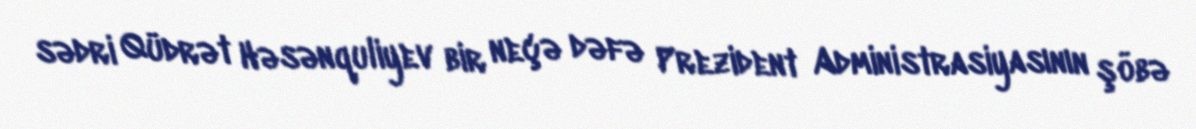
sədri Qüdrət Həsənquliyev bir neçə dəfə Prezident Administrasiyasının şöbə